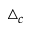
\bigtriangleup _ { c }